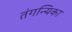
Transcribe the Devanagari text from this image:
तंगन्यिका